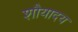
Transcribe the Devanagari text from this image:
शौयादय